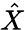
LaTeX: \hat{X}